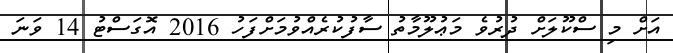
އަށް މި ސްކޫލަށް ދުރުވެ މަޢުލޫމާތު ސާފުކުރެއްވުމަށްފަހު 2016 އޮގަސްޓު 14 ވަނަ